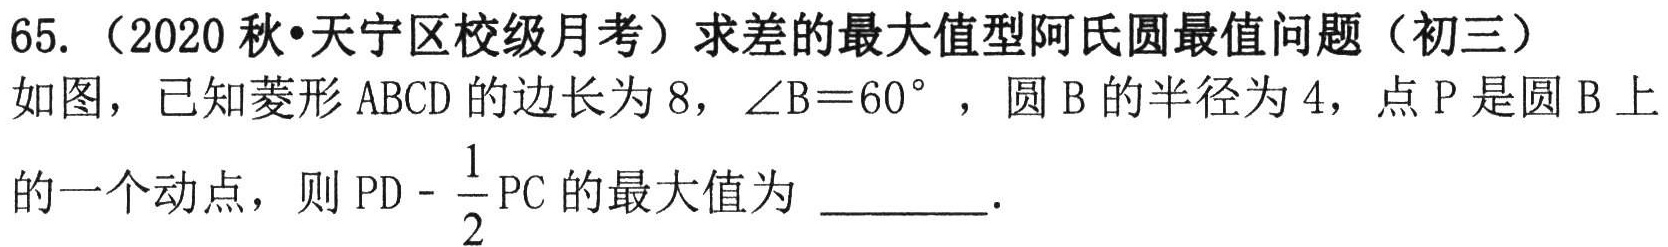
65.（2020秋•天宁区校级月考）求差的最大值型阿氏圆最值问题（初三）
如图，已知菱形\(ABCD\)的边长为\(8\)，\(\angle B = 60^{\circ}\)，圆\(B\)的半径为\(4\)，点\(P\)是圆\(B\)上的一个动点，则\(PD-\frac{1}{2}PC\)的最大值为 \_\_\_\_\_ .